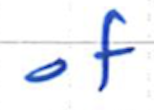
Text: of
Cross-out: clean
Writing tool: ballpoint